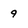
Character: 9